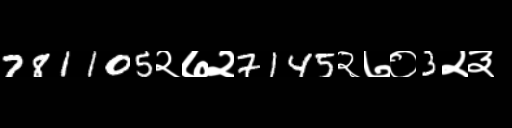
Text: 781105२७२7145२७०3२३